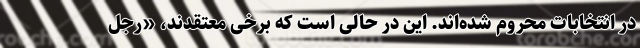
در انتخابات محروم شده‌اند. این در حالی است که برخی معتقدند، «رجل